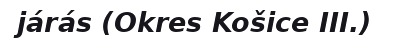
járás (Okres Košice III.)